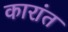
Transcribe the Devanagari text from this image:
कारांत